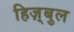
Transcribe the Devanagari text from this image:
हिज़्बुल